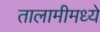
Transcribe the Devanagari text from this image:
तालामीमध्ये